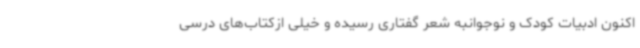
اکنون ادبیات کودک و نوجوانبه شعر گفتاری رسیده و خیلی ازکتاب‌های درسی